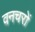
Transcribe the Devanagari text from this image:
वनचरों